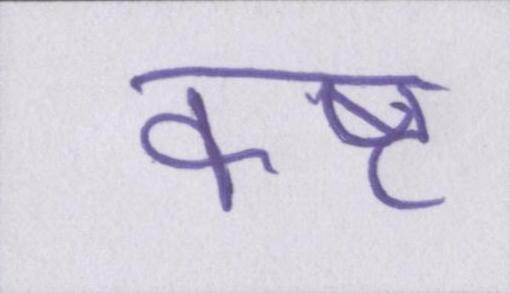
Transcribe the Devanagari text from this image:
कष्ट